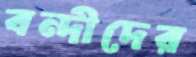
বন্দীদের